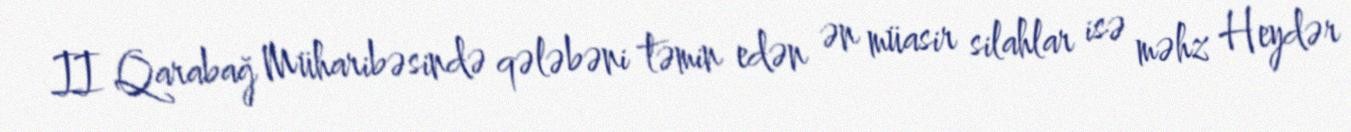
II Qarabağ Müharibəsində qələbəni təmin edən ən müasir silahlar isə məhz Heydər